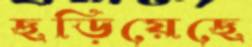
ছড়িয়েছে